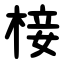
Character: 椄